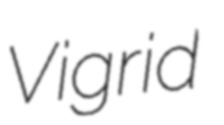
Vigrid